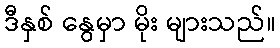
ဒီနှစ် နွေမှာ မိုး များသည်။